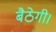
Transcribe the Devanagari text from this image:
बैठेगी।